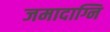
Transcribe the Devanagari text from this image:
जमादाग्नि